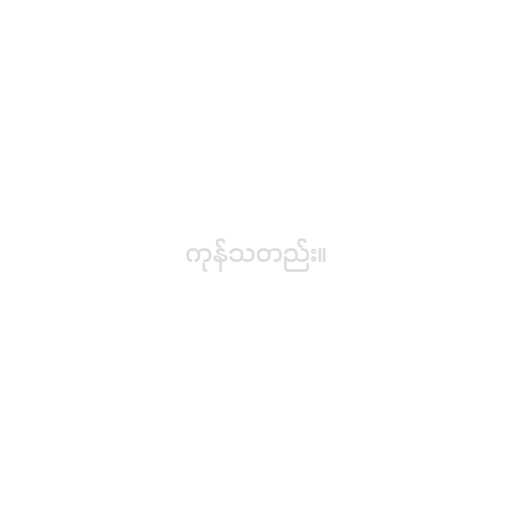
ကုန်သတည်း။